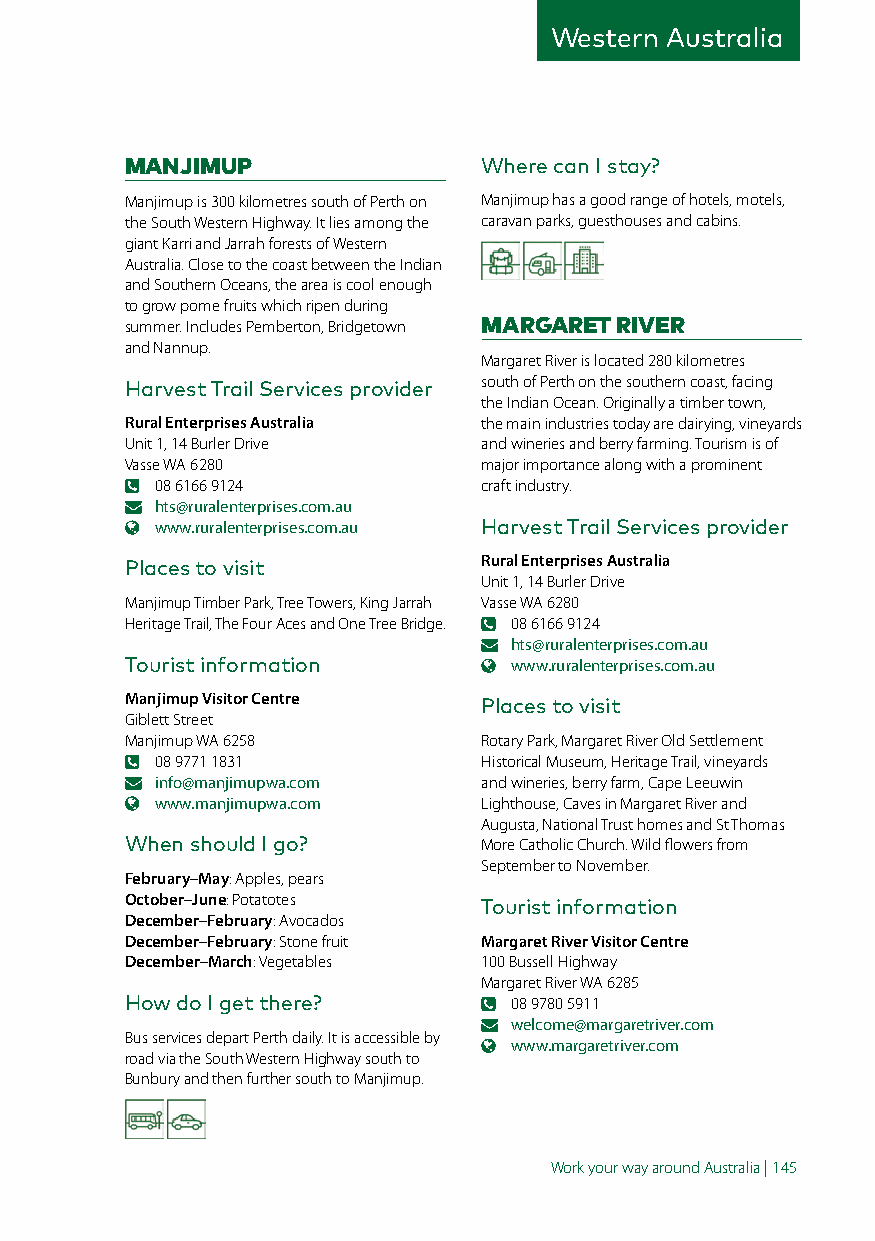
Western Australia
 MANJIMUP                Where can I stay?
 Manjimup is 300 kilometres south of Perth on Manjimup has a good range of hotels, motels,
 the South Western Highway. It lies among the caravan parks, guesthouses and cabins.
 giant Karri and Jarrah forests of Western
 Australia. Close to the coast between the Indian
 and Southern Oceans, the area is cool enough
 to grow pome fruits which ripen during
 summer. Includes Pemberton, Bridgetown MARGARET RIVER
 and Nannup.
 Margaret River is located 280 kilometres
 Harvest Trail Services provider south of Perth on the southern coast, facing
 the Indian Ocean. Originally a timber town,
 Rural Enterprises Australia the main industries today are dairying, vineyards
 Unit 1, 14 Burler Drive and wineries and berry farming. Tourism is of
 Vasse WA 6280           major importance along with a prominent
 08 6166 9124          craft industry.
 hts@ruralenterprises.com.au
 www.ruralenterprises.com.au Harvest Trail Services provider
 Places to visit         Rural Enterprises Australia
 Unit 1, 14 Burler Drive
 Manjimup Timber Park, Tree Towers, King Jarrah Vasse WA 6280
 Heritage Trail, The Four Aces and One Tree Bridge. 08 6166 9124
 hts@ruralenterprises.com.au
 Tourist information       www.ruralenterprises.com.au
 Manjimup Visitor Centre Places to visit
 Giblett Street
 Manjimup WA 6258        Rotary Park, Margaret River Old Settlement
 08 9771 1831          Historical Museum, Heritage Trail, vineyards
 info@manjimupwa.com   and wineries, berry farm, Cape Leeuwin
 www.manjimupwa.com    Lighthouse, Caves in Margaret River and
 Augusta, National Trust homes and St Thomas
 When should I go?       More Catholic Church. Wild flowers from
 September to November.
 February–May: Apples, pears
 October–June: Potatotes Tourist information
 December–February: Avocados
 December–February: Stone fruit Margaret River Visitor Centre
 December–March: Vegetables 100 Bussell Highway
 Margaret River WA 6285
 How do I get there?       08 9780 5911
 welcome@margaretriver.com
 Bus services depart Perth daily. It is accessible by
 www.margaretriver.com
 road via the South Western Highway south to
 Bunbury and then further south to Manjimup.
 Work your way around Australia | 145